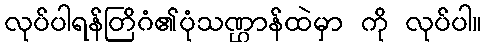
လုပ်ပါရန်တြိဂံ၏ပုံသဏ္ဌာန်ထဲမှာ ကို လုပ်ပါ။